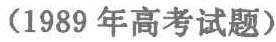
（1989 年高考试题）